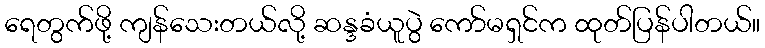
ရေတွက်ဖို့ ကျန်သေးတယ်လို့ ဆန္ဒခံယူပွဲ ကော်မရှင်က ထုတ်ပြန်ပါတယ်။